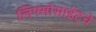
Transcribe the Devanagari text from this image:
लिफ्मोसाईट्चे